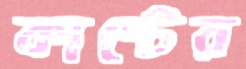
কান্টের